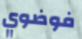
فوضوي